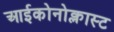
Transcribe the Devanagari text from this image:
आईकोनोक्लास्ट